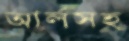
আর্লসহ